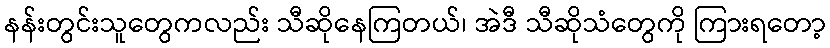
နန်းတွင်းသူတွေကလည်း သီဆိုနေကြတယ်၊ အဲဒီ သီဆိုသံတွေကို ကြားရတော့